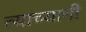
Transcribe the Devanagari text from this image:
त्याच्यानी